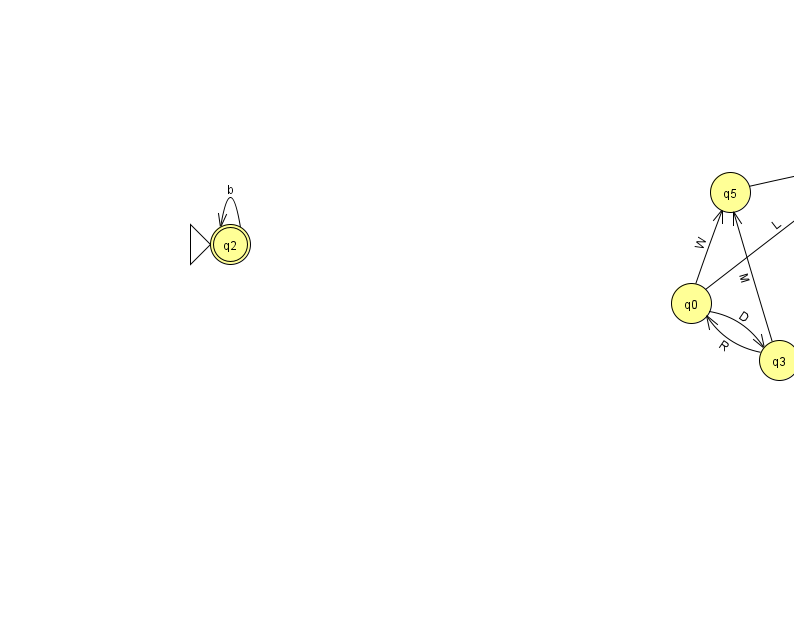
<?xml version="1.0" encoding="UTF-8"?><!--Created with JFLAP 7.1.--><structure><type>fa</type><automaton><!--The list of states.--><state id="0" name="q0"><x>691.0</x><y>290.0</y></state><state id="1" name="q1"><x>874.0</x><y>149.0</y></state><state id="2" name="q2"><x>230.0</x><y>231.0</y><initial/><final/></state><state id="3" name="q3"><x>779.0</x><y>347.0</y></state><state id="4" name="q4"><x>966.0</x><y>50.0</y></state><state id="5" name="q5"><x>730.0</x><y>179.0</y></state><!--The list of transitions.--><transition><from>3</from><to>5</to><read>M</read></transition><transition><from>0</from><to>5</to><read>W</read></transition><transition><from>2</from><to>2</to><read>b</read></transition><transition><from>4</from><to>1</to><read>W</read></transition><transition><from>0</from><to>1</to><read>L</read></transition><transition><from>3</from><to>0</to><read>R</read></transition><transition><from>0</from><to>3</to><read>D</read></transition><transition><from>5</from><to>1</to><read>L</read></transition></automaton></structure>